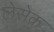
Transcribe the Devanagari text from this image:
लेसेक